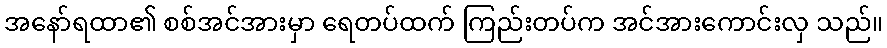
အနော်ရထာ၏ စစ်အင်အားမှာ ရေတပ်ထက် ကြည်းတပ်က အင်အားကောင်းလှ သည်။